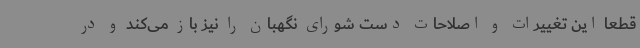
قطعا این تغییرات و اصلاحات دست شورای نگهبان را نیز باز می‌کند و در